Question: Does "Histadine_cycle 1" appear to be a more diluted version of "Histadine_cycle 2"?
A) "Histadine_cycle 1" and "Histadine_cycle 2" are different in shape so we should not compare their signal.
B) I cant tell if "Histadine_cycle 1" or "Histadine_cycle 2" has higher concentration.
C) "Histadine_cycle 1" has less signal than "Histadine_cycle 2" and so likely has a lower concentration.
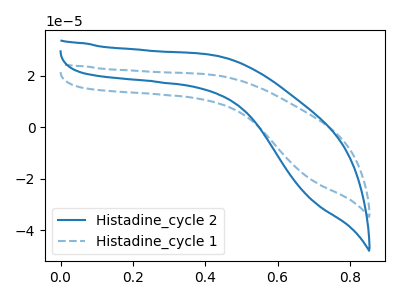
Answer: <think>The blue curve "Histadine_cycle 2" has no peaks. The blue dashed curve "Histadine_cycle 1" has no peaks.
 Neither "Histadine_cycle 1" or "Histadine_cycle 2" have any peaks.</think>
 <answer>B) I cant tell if "Histadine_cycle 1" or "Histadine_cycle 2" has higher concentration.</answer>
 <eval>B</eval>